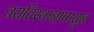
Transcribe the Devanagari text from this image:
वसतिस्थानापासून